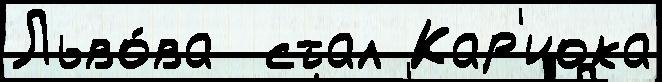
Льво́ва  стал Кар'иока